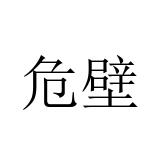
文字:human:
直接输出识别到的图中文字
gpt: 危壁